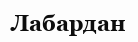
Лабардан